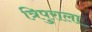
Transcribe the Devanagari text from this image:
त्रिपुराला